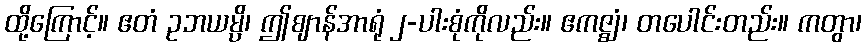
ထို့ကြောင့်။ ဧတံ ဥဘယမ္ပိ၊ ဤဈာန်အာရုံ ၂-ပါးစုံကိုလည်း။ ဧကဇ္ဈံ၊ တပေါင်းတည်း။ ကတွာ၊